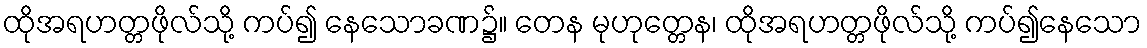
ထိုအရဟတ္တဖိုလ်သို့ ကပ်၍ နေသောခဏ၌။ တေန မုဟုတ္တေန၊ ထိုအရဟတ္တဖိုလ်သို့ ကပ်၍နေသော